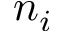
n _ { i }